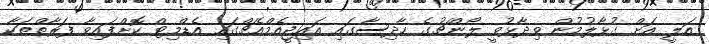
އަލީ އަށް ގުޅާލުމުން ވިދާޅުވީ ލޯންޗުގެ ހާދިސާގައި އައިޖީއެމްއެޗްގައި އެޑްމިޓް ކޮށްފައިވާ ފަރާތްތަކާ